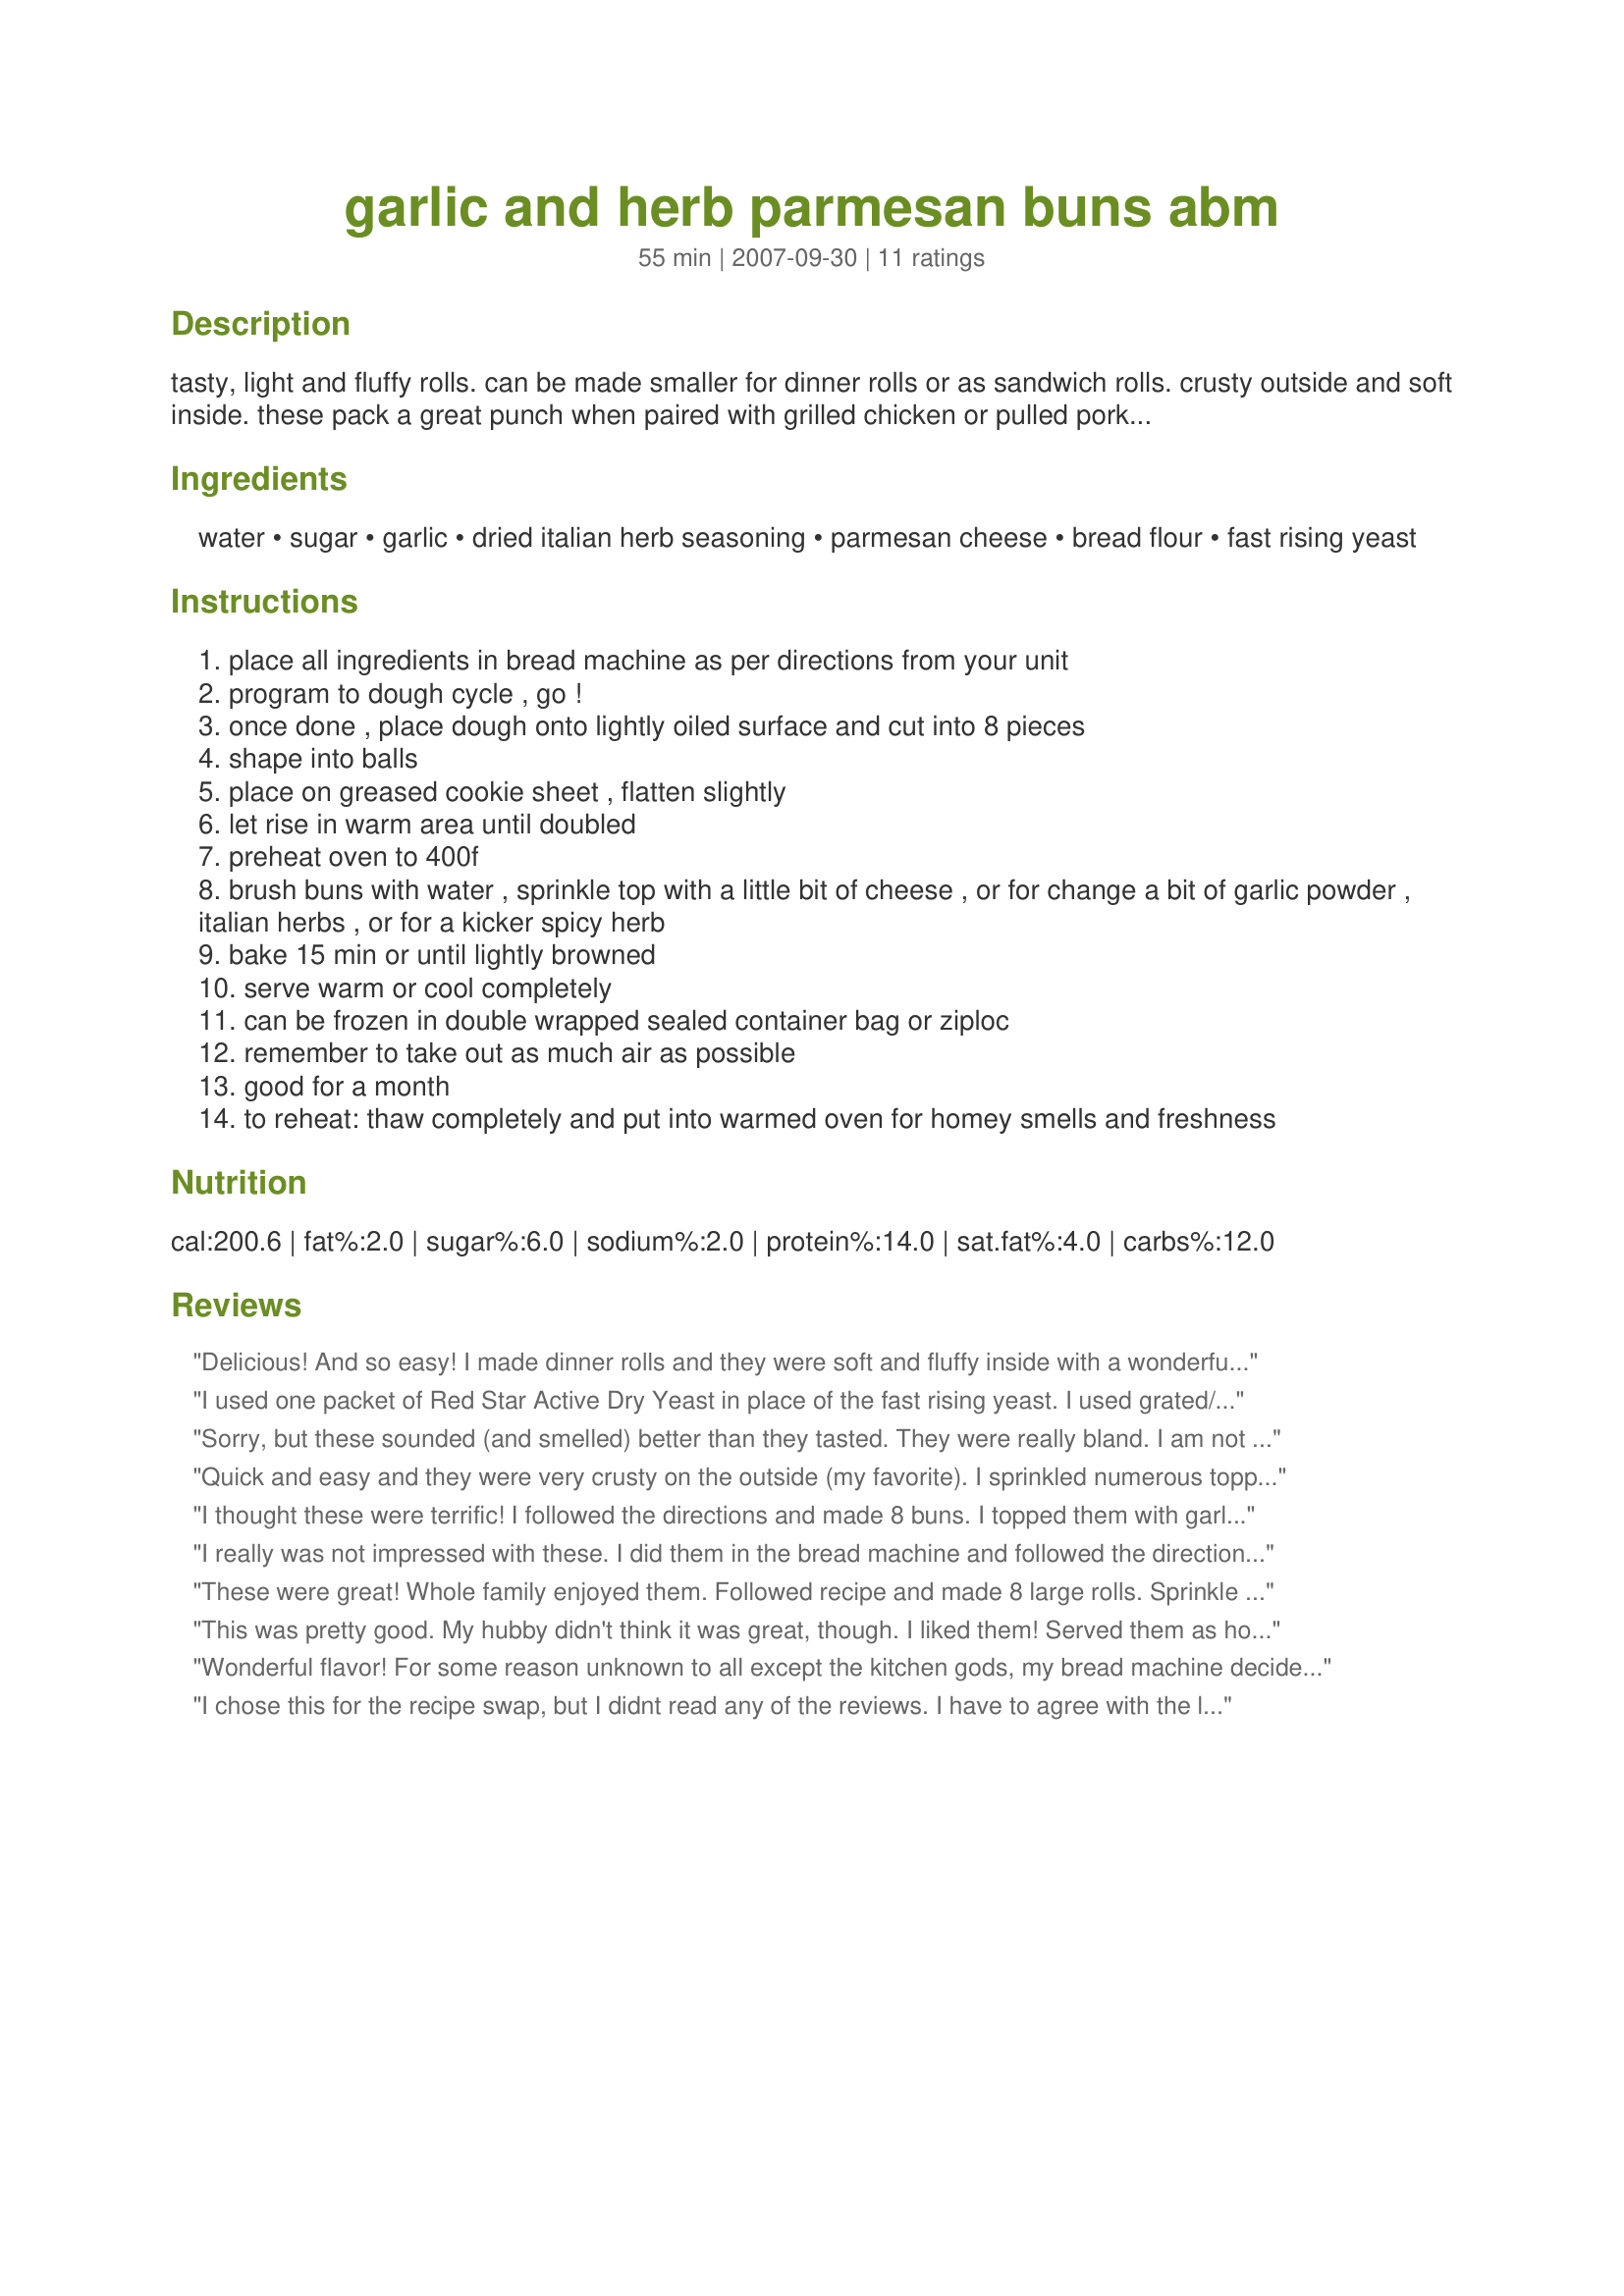
garlic and herb parmesan buns abm
Preparation time: 55 minutes

tasty, light and fluffy rolls. can be made smaller for dinner rolls or as sandwich rolls. crusty outside and soft inside. these pack a great punch when paired with grilled chicken or pulled pork or even steak sandwiches. i even made these for fancy hamburger rolls and received raves for the flavor enhancement of the burger. adopted from a bread machine recipe i had.
prep time includes putting together and rising time once assembled. times may change for rising based on altitude and temperature.
prep time does not include dough cycle

Ingredients:
water, sugar, garlic, dried italian herb seasoning, parmesan cheese, bread flour, fast rising yeast

Steps:
place all ingredients in bread machine as per directions from your unit
program to dough cycle , go !
once done , place dough onto lightly oiled surface and cut into 8 pieces
shape into balls
place on greased cookie sheet , flatten slightly
let rise in warm area until doubled
preheat oven to 400f
brush buns with water , sprinkle top with a little bit of cheese , or for change a bit of garlic powder , italian herbs , or for a kicker spicy herb
bake 15 min or until lightly browned
serve warm or cool completely
can be frozen in double wrapped sealed container bag or ziploc
remember to take out as much air as possible
good for a month
to reheat: thaw completely and put into warmed oven for homey smells and freshness

Reviews:
Delicious! And so easy! I made dinner rolls and they were soft and fluffy inside with a wonderful golden crust. Smelled great while cooking too - a real winner!!
I used one packet of Red Star Active Dry Yeast in place of the fast rising yeast. I used grated/minced garlic and plain old all purpose flour. Topped with Parmesan cheese and Italian seasonings. Came out pretty good â€“ very yummy with butter or olive oil with Italian Seasonings and crushed garlic clove for dipping. Made for ZWT5 French/Cajun region; Team: Saucy Senoritas.
Sorry, but these sounded (and smelled) better than they tasted. They were really bland. I am not sure what I did wrong, but agree with the ratings that said it needed some salt. (And I am not really one who likes much salt.) I do think they will be good for dipping into oil; will try that with the rest.
Quick and easy and they were very crusty on the outside (my favorite). I sprinkled numerous toppings on them. Poppy seed, basil, garlic etc. I used them for my portabella mushroom burger tonight and plan to freeze the rest. I may have cooked these longer than the recipe calls for but that is because I love the outside to be very crusty. Thanks for a great recipe. Made for 1-2-3 Tag.
I thought these were terrific! I followed the directions and made 8 buns. I topped them with garlic powder and a sprinkle of parmesan cheese. Thanks for sharing. Made for ZWT7-Italy.
I really was not impressed with these. I did them in the bread machine and followed the directions, but I felt like they really needed some salt.. the flavor was really lacking. I will try again and rerate.
These were great! Whole family enjoyed them. Followed recipe and made 8 large rolls. Sprinkle oregano and parmesan cheese ontop. Thank You. Made for ZWT7~Emerald City Shakers.
This was pretty good. My hubby didn't think it was great, though. I liked them! Served them as hot dog buns with Recipe #292448 . Thanks for sharing.
Wonderful flavor! For some reason unknown to all except the kitchen gods, my bread machine decided to malfunction mid-cycle. I had to start over using the stand mixer and the bread hook. I proofed the rolls in my warming drawer on "bread proof" setting. We added Italian seasoning to the bun tops. They came out simply divine. Made for ZWT5-Genies of Gourmet
I chose this for the recipe swap, but I didnt read any of the reviews. I have to agree with the last reviewer who said the buns were bland. 
So were mine, they didnt taste like herbs or cheese or anything.
I really think that a teaspoon of salt would have made a big difference. I am not going to "rate" this, as everyone has different tastes.
These were great, I will definitely make them again. They are soft and chewy. I made them a bit different because I do not have a bread machine. I used 3/4 tsp garlic powder instead of minced garlic. I would add more next time. I also used 2 c all purpose flour and 1 c whole wheat flour and they turned out fine.
